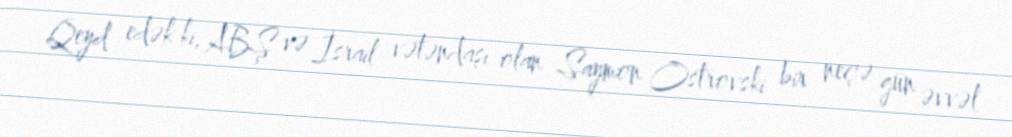
Qeyd edək ki, ABŞ və İsrail vətəndaşı olan Saymon Ostrovski bir neçə gün əvvəl